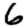
Digit: 6